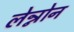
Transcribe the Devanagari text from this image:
लेन्नोन